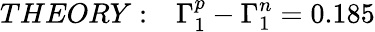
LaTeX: THEORY:~~~\Gamma_{1}^{p}-\Gamma_{1}^{n}=0.185